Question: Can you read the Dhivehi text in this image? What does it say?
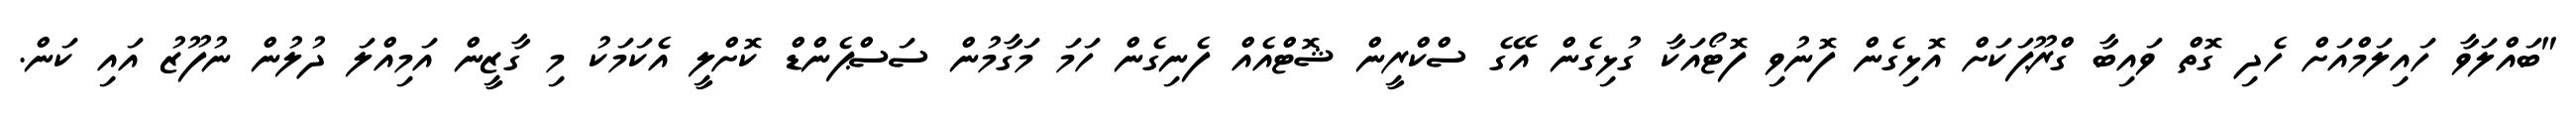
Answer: "ބައްލަވާ ހައިލަމްއަށް ހެދި ގޮތް ވައިބާ ގްރޫޕަކަށް އޮޅިގެން ފޮނުވި ފޮޓޯއަކާ ގުޅިގެން އޭގެ ސްކްރީން ޝޮޓްއެއް ފެނިގެން ހަމަ މަގާމުން ސަސްޕެންޑް ކޮށްލީ އެކަމަކު މި ގާޒީން އަމިއްލަ ދުލުން ނުފޫޒު އައި ކަން.